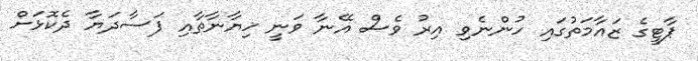
ޕާޓީގެ ޒައާމަތުގައި ހުންނެވި އިރު ވެސް އޭނާ ވަނީ ޚިޔާނާތާއި ފަސާދަޔާ ދެކޮޅަށް